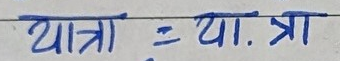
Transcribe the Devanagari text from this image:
यात्रा = या.त्रा